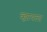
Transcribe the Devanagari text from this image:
व्ह्यायला